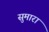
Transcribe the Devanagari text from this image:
सुमारा